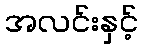
အလင်းနှင့်